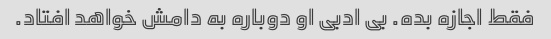
فقط اجازه بده. بی ادبی او دوباره به دامش خواهد افتاد.